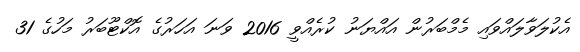
އެކުލަވާލައްވައި މެމްބަރުން އައްޔަނު ކުރެއްވީ 2016 ވަނަ އަހަރުގެ އޮކްޓޫބަރު މަހުގެ 31